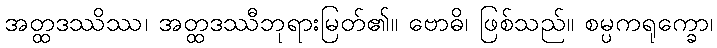
အတ္ထဒဿိဿ၊ အတ္ထဒဿီဘုရားမြတ်၏။ ဗောဓိ၊ ဖြစ်သည်။ စမ္ပကရုက္ခော၊